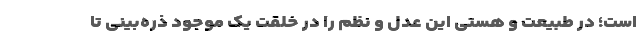
است؛ در طبیعت و هستی این عدل و نظم را در خلقت یک موجود ذره‌بینی تا